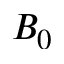
B _ { 0 }